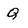
Character: Q